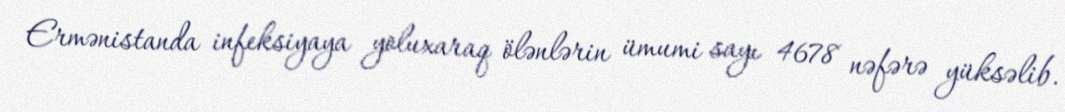
Ermənistanda infeksiyaya yoluxaraq ölənlərin ümumi sayı 4678 nəfərə yüksəlib.